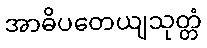
အာဓိပတေယျသုတ္တံ